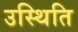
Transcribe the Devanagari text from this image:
उस्थिति